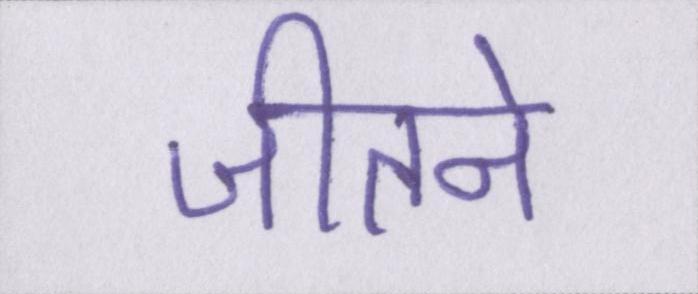
जीतने